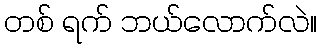
တစ် ရက် ဘယ်လောက်လဲ။